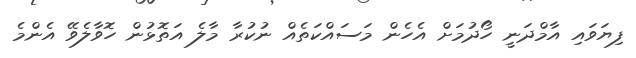
ފިޔަވައި އާމްދަނީ ހޯދުމަށް އެހެން މަސައްކަތެއް ނުކުރާ މާލެ އަތޮޅުން ހޮވާލެވޭ އެންމެ